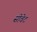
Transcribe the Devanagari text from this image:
सीवेट